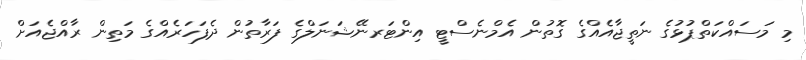
މި މަސައްކަތްޕުޅުގެ ނަތީޖާއެއްގެ ގޮތުން އެމްނެސްޓީ އިންޓަރނޭޝަނަލްގެ ފަރާތުން ދެފަހަރެއްގެ މަތިން ރާއްޖެއަށް